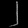
Digit: ၂